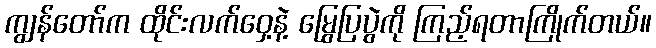
ကျွန်တော်က ထိုင်းလက်ဝှေ့နဲ့ မြွေပြပွဲကို ကြည့်ရတာကြိုက်တယ်။